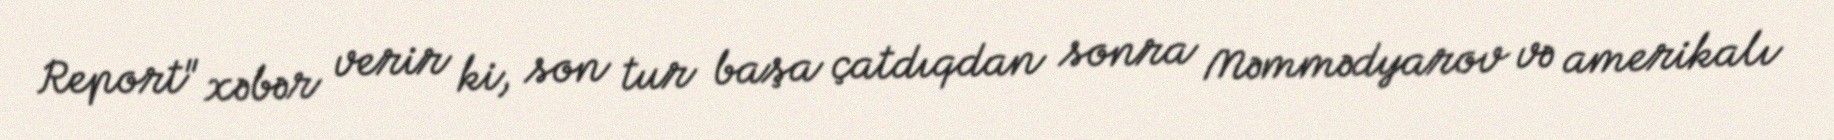
Report" xəbər verir ki, son tur başa çatdıqdan sonra Məmmədyarov və amerikalı